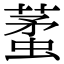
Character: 𧍟